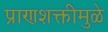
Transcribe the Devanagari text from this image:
प्राणशक्तीमुळे